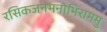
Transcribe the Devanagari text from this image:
रसिकजनमनोभिराममु